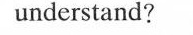
understand?